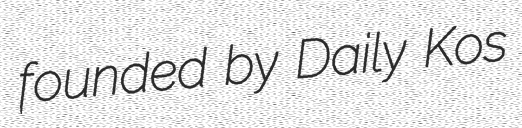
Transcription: founded by Daily Kos